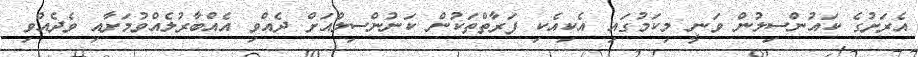
އެރަށުގެ ކައުންސިލުން ވަނީ މިކަމުގައި އެކިއެކި ފަރާތްތަކުން ކަނުންސިލްއަށް ދެއްވި އެއްބާރުލެއްވުމަށާއި ވެދެއްވި